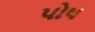
પોષ